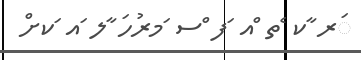
ަރ ާކ ެތ ްއ ަފ ްސ ަމރުހަ ާލ ައ ަކށް